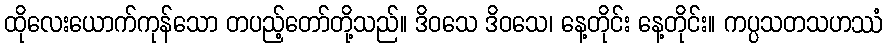
ထိုလေးယောက်ကုန်သော တပည့်တော်တို့သည်။ ဒိဝသေ ဒိဝသေ၊ နေ့တိုင်း နေ့တိုင်း။ ကပ္ပသတသဟဿံ